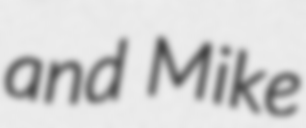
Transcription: and Mike